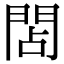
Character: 䦓